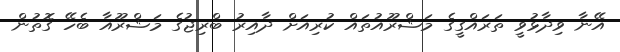
އޭނާ ވިދާޅުވީ ތަރައްގީގެ މަޝްރޫއުތައް ކުރިއަށް ދާއިރު ބްރިޖުގެ މަޝްރޫއާ ބެހޭ ގޮތުން